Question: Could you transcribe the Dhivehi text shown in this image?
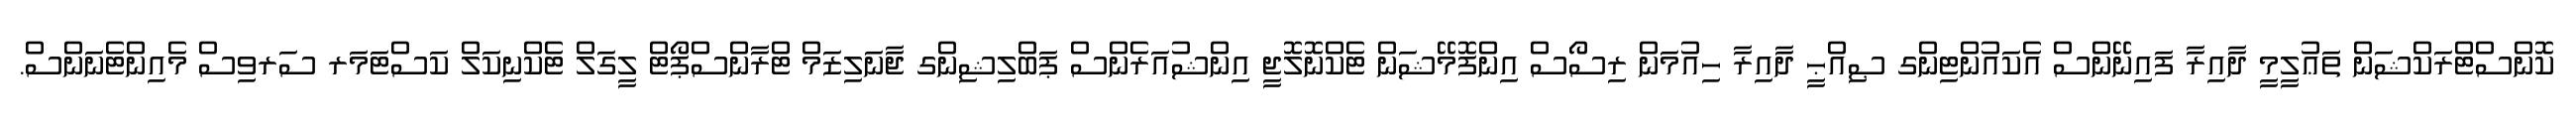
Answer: ކޮންސްޓްރަކްޝަން ތަޢުލީމީ ދާއިރާ ފައިނޭންސް އެކައުންޓިންގ ޞިއްޙީ ދާއިރާ ހިއުމަން ރިސޯސް އިންފޮމޭޝަން ޓެކްނޮލޮޖީ އިންޝުއަރެންސް ޕަބްލިޝިންގ ޖާނަލިޒަމް ޓްރާންސްޕޯޓް ލީގަލް ޓެކްނިކަލް ކަސްޓަމަރ ސަރވިސް މެއިންޓެނަންސް.